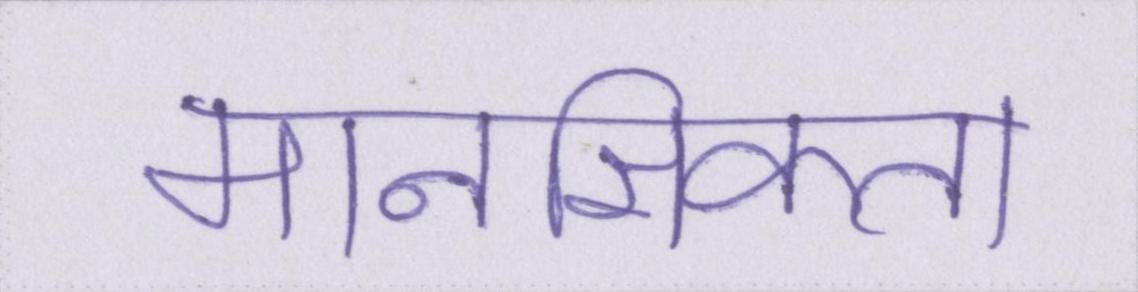
मानसिकता